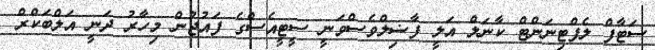
ސަޓާފް ލެފްޓިނަންޓް ކާނަލް އަލީ ފާޟިލްވެސްވަނީ ސީޓީއެސްގެ ފައުޖުން މިހާރު ދަނީ އަލްބަކްރް